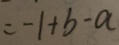
= - 1 + b - a